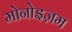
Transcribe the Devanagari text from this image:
मोनोइज़म